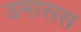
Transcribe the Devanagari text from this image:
डमासस